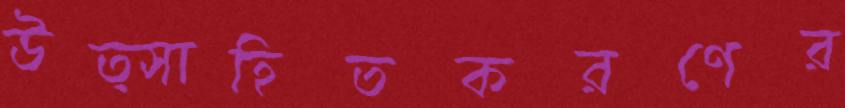
উত্সাহিতকরণের